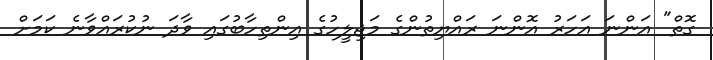
ގޮތް" އަންނަ އަހަރު އޮންނަ ރައްޔިތުންގެ މަޖިލީހުގެ އިންތިހާބުގައި ވާދަ ނުކުރައްވާނެ ކަމަށް